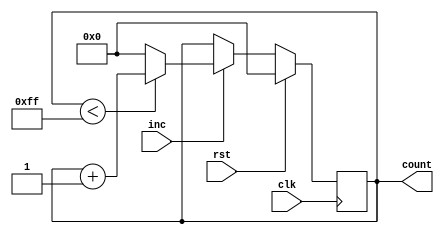
module IncrementalCounter #(
    parameter INITIAL_VALUE = 0,   // Initial value for the counter
    parameter MAX_COUNT = 255,      // Maximum count value
    parameter WIDTH = 8              // Bit-width of the counter
) (
    input wire clk,                 // Clock signal
    input wire rst,                 // Reset signal
    input wire inc,                 // Increment trigger
    output reg [WIDTH-1:0] count    // Current count value
);

    // Synchronous process for counting
    always @(posedge clk) begin
        if (rst) begin
            count <= INITIAL_VALUE;  // Reset to initial value
        end else if (inc) begin
            // Increment the count and handle overflow
            if (count < MAX_COUNT) begin
                count <= count + 1;   // Increment count
            end else begin
                count <= INITIAL_VALUE; // Wrap around to initial value
            end
        end
    end

endmodule